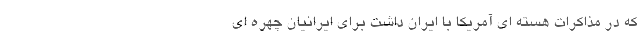
که در مذاکرات هسته ای آمریکا با ایران داشت برای ایرانیان چهره ای